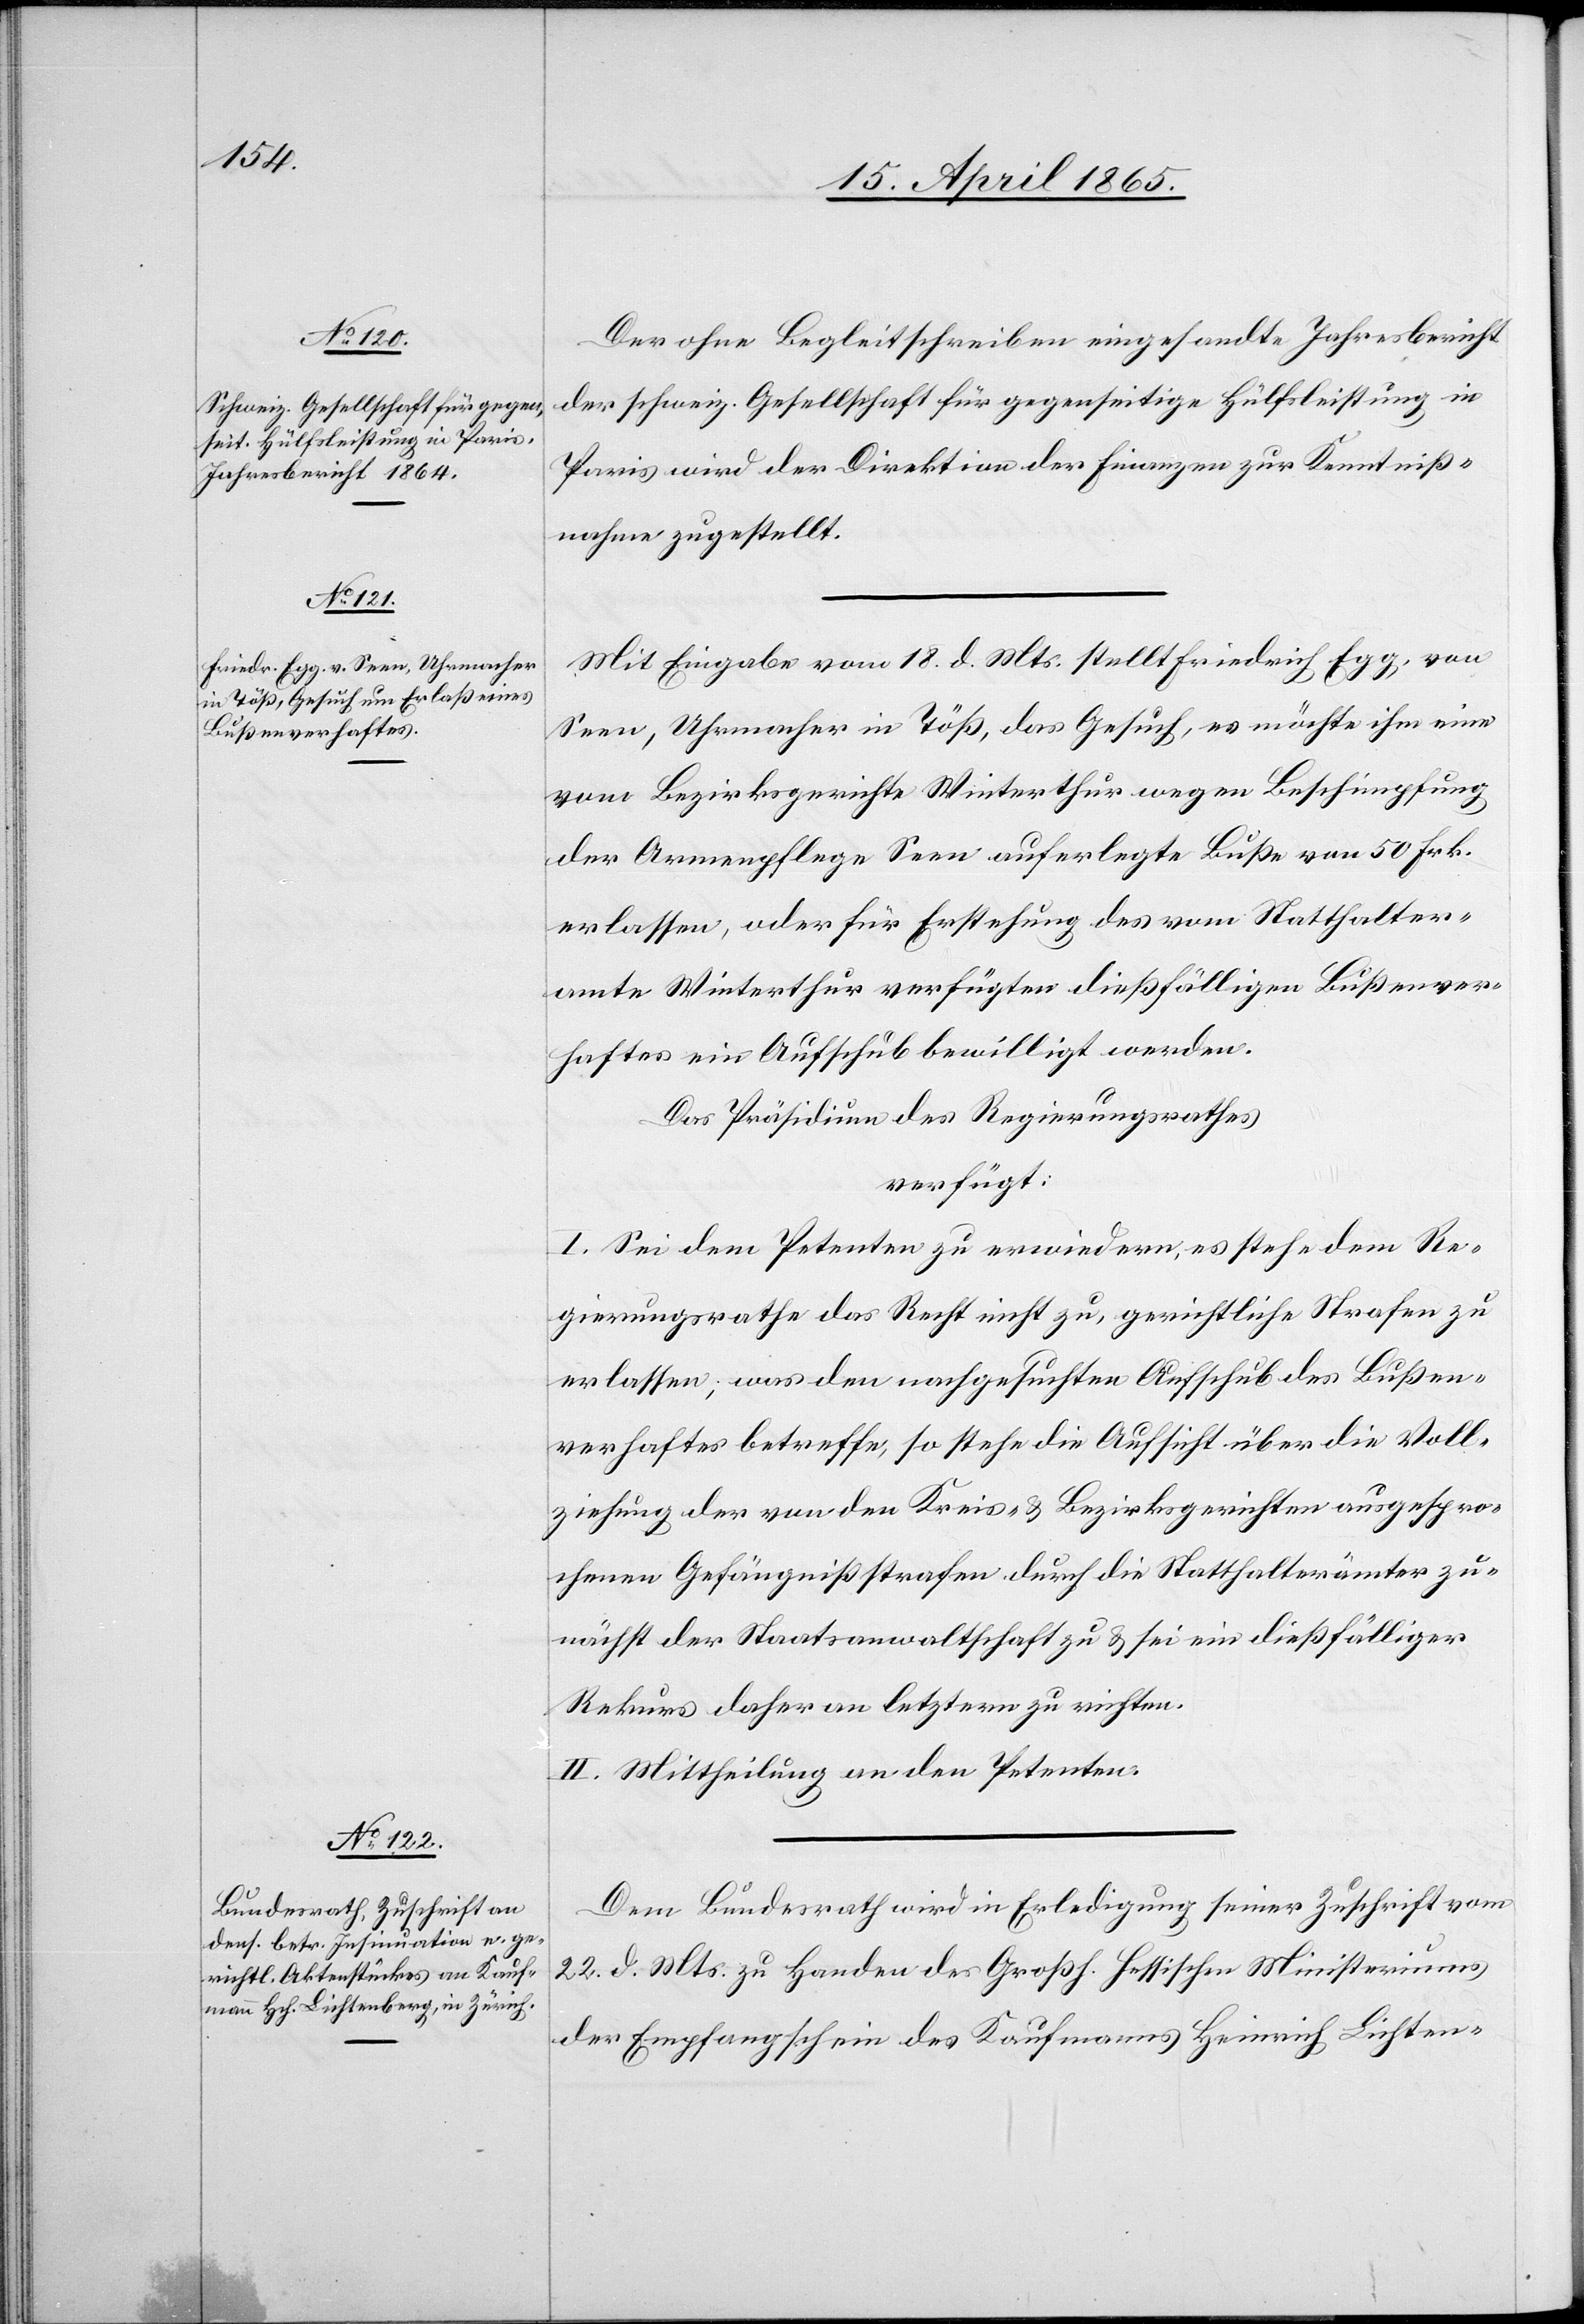
20. April 1865.]
Der ohne Begleitschreiben eingesandte Jahresbericht
der schweiz. Gesellschaft für gegenseitige Hülfsleistung in
Paris wird der Direktion der Finanzen zur Kenntniß¬
nahme zugestellt.
Mit Eingabe vom 18. d. Mts. stellt Friedrich Egg, von
Seen, Uhrmacher in Töß, das Gesuch, es möchte ihm eine
vom Bezirksgerichte Winterthur wegen Beschimpfung
der Armenpflege Seen auferlegte Buße von 50 Frk.
erlassen, oder für Erstehung des vom Statthalter¬
amte Winterthur verfügten dießfälligen Bußenver¬
haftes ein Aufschub bewilligt werden.
Das Präsidium des Regierungsrathes
verfügt:
I. Sei dem Petenten zu erwiedern, es stehe dem Re¬
gierungsrathe das Recht nicht zu, gerichtliche Strafen zu
erlassen, was den nachgesuchten Aufschub des Bußen¬
verhaftes betreffe, so stehe die Aufsicht über die Voll¬
ziehung der von den Kreis- & Bezirksgerichten ausgespro¬
chenen Gefängnißstrafen durch die Statthalterämter zu¬
nächst der Staatsanwaltschaft zu & sei ein dießfälliger
Rekurs daher an letztern zu richten.
II. Mittheilung an den Petenten.
Dem Bundesrath wird in Erledigung seiner Zuschrift vom
22. d. Mts. zu Handen des Großh. Hessischen Ministeriums
der Empfangschein des Kaufmanns Heinrich Lichten-